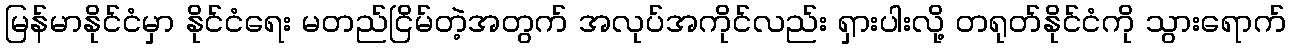
မြန်မာနိုင်ငံမှာ နိုင်ငံရေး မတည်ငြိမ်တဲ့အတွက် အလုပ်အကိုင်လည်း ရှားပါးလို့ တရုတ်နိုင်ငံကို သွားရောက်